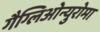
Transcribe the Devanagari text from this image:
गैग्लिओन्युरोमा